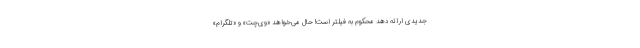
جدیدی ارائه دهد محکوم به فیلتر است! حال می‌خواهد «وی‌چت» و «تلگرام»